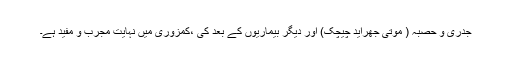
جدری و حصبہ ( موتی جھراید چیچک) اور دیگر بیماریوں کے بعد کی ،کمزوری میں نہایت مجرّب و مفید ہے۔